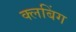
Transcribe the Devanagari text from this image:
क्लबिंग